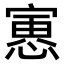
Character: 𫳾